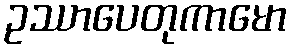
ဥဿာပေတုကာမော